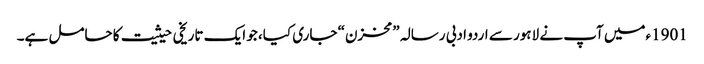
1901ءمیں آپ نے لاہور سے اردو ادبی رسالہ ”مخزن“ جاری کیا، جو ایک تاریخی حیثیت کا حامل ہے۔